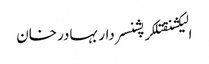
الیکشنقتلکرپشنسردار بہادر خان